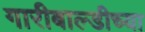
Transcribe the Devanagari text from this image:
गारीबाल्डीच्या